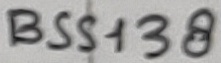
Text: BSS138